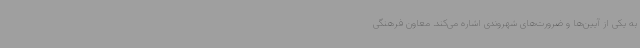
به یکی از آیین‌ها و ضرورت‌های شهروندی اشاره می‌کند. معاون فرهنگی